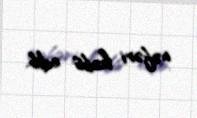
nəfəri həbs edib.